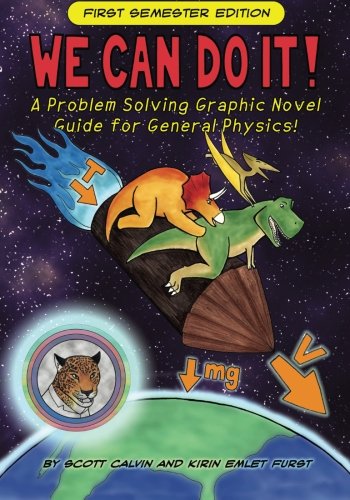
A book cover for We Can Do It!: A Problem Solving Graphic Novel Guide for General Physics; Scott Calvin; Comics & Graphic Novels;